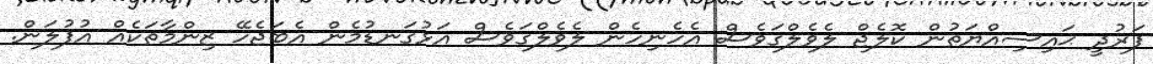
ފަރުދީ ޙައިސިއްޔަތުން ކޮލެޖް ލެވެލްގަވެސް އެހެނިހެން ލެވެލްގަވެސް އަޅުގަނޑުމެން އެބަޖެހޭ ޒިންމާތަކެއް އުފުލަން.